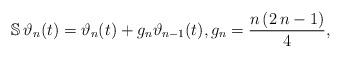
LaTeX: \begin{align*}\mathbb S \, \vartheta_n(t) = \vartheta_{n}(t) + g_n \vartheta_{n-1}(t), g_n = \frac{n \, (2 \, n -1)}{4},\end{align*}